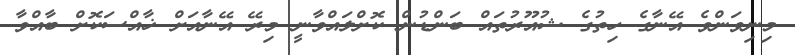
މިނިވަންވެ އޭނާގެ ހިތުގެ ޝުއޫރުތައް ބަންޑުން ކޮށްލައްވާނީ މިރޭ އޭނާއަށް ޚާއްސަކޮށް ބާއްވާ